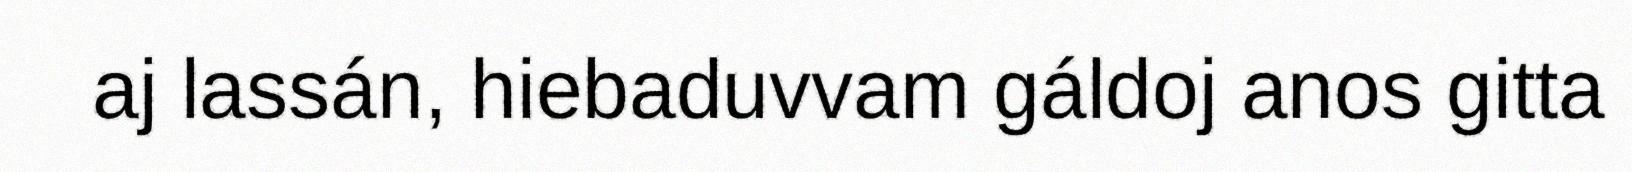
aj lassán, hiebaduvvam gáldoj anos gitta